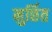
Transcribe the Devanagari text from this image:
मुर्छित